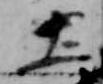
土